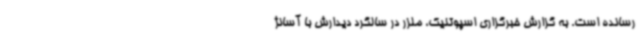
رسانده است. به گزارش خبرگزاری اسپوتنیک، ملزر در سالگرد دیدارش با آسانژ